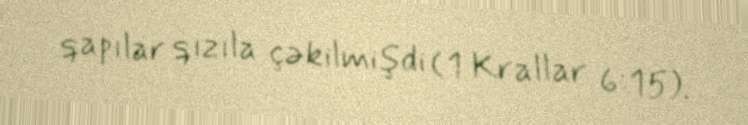
qapılar qızıla çəkilmişdi (1 Krallar 6:15).